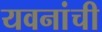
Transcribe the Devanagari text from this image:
यवनांची